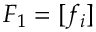
F _ { 1 } = [ f _ { i } ]